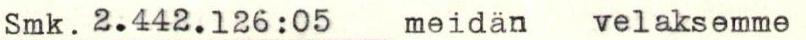
Smk. 2.442.126:05 meidän velaksemme